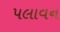
પલાવન